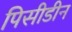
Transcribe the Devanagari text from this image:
पिसीडीन